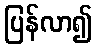
ပြန်လာ၍